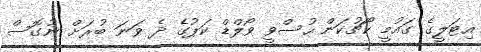
އިޓަލީގެ ގައުމީ ކޯޗުކަން ހުސްވީ ވޯލްޑް ކަޕުގެ ދެ ވަނަ ބުރަށް ނުގޮސް